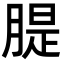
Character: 䐎